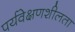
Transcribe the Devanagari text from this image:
पर्यवेक्षणशीलता